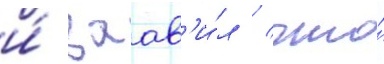
и́ заав'и́л / что́